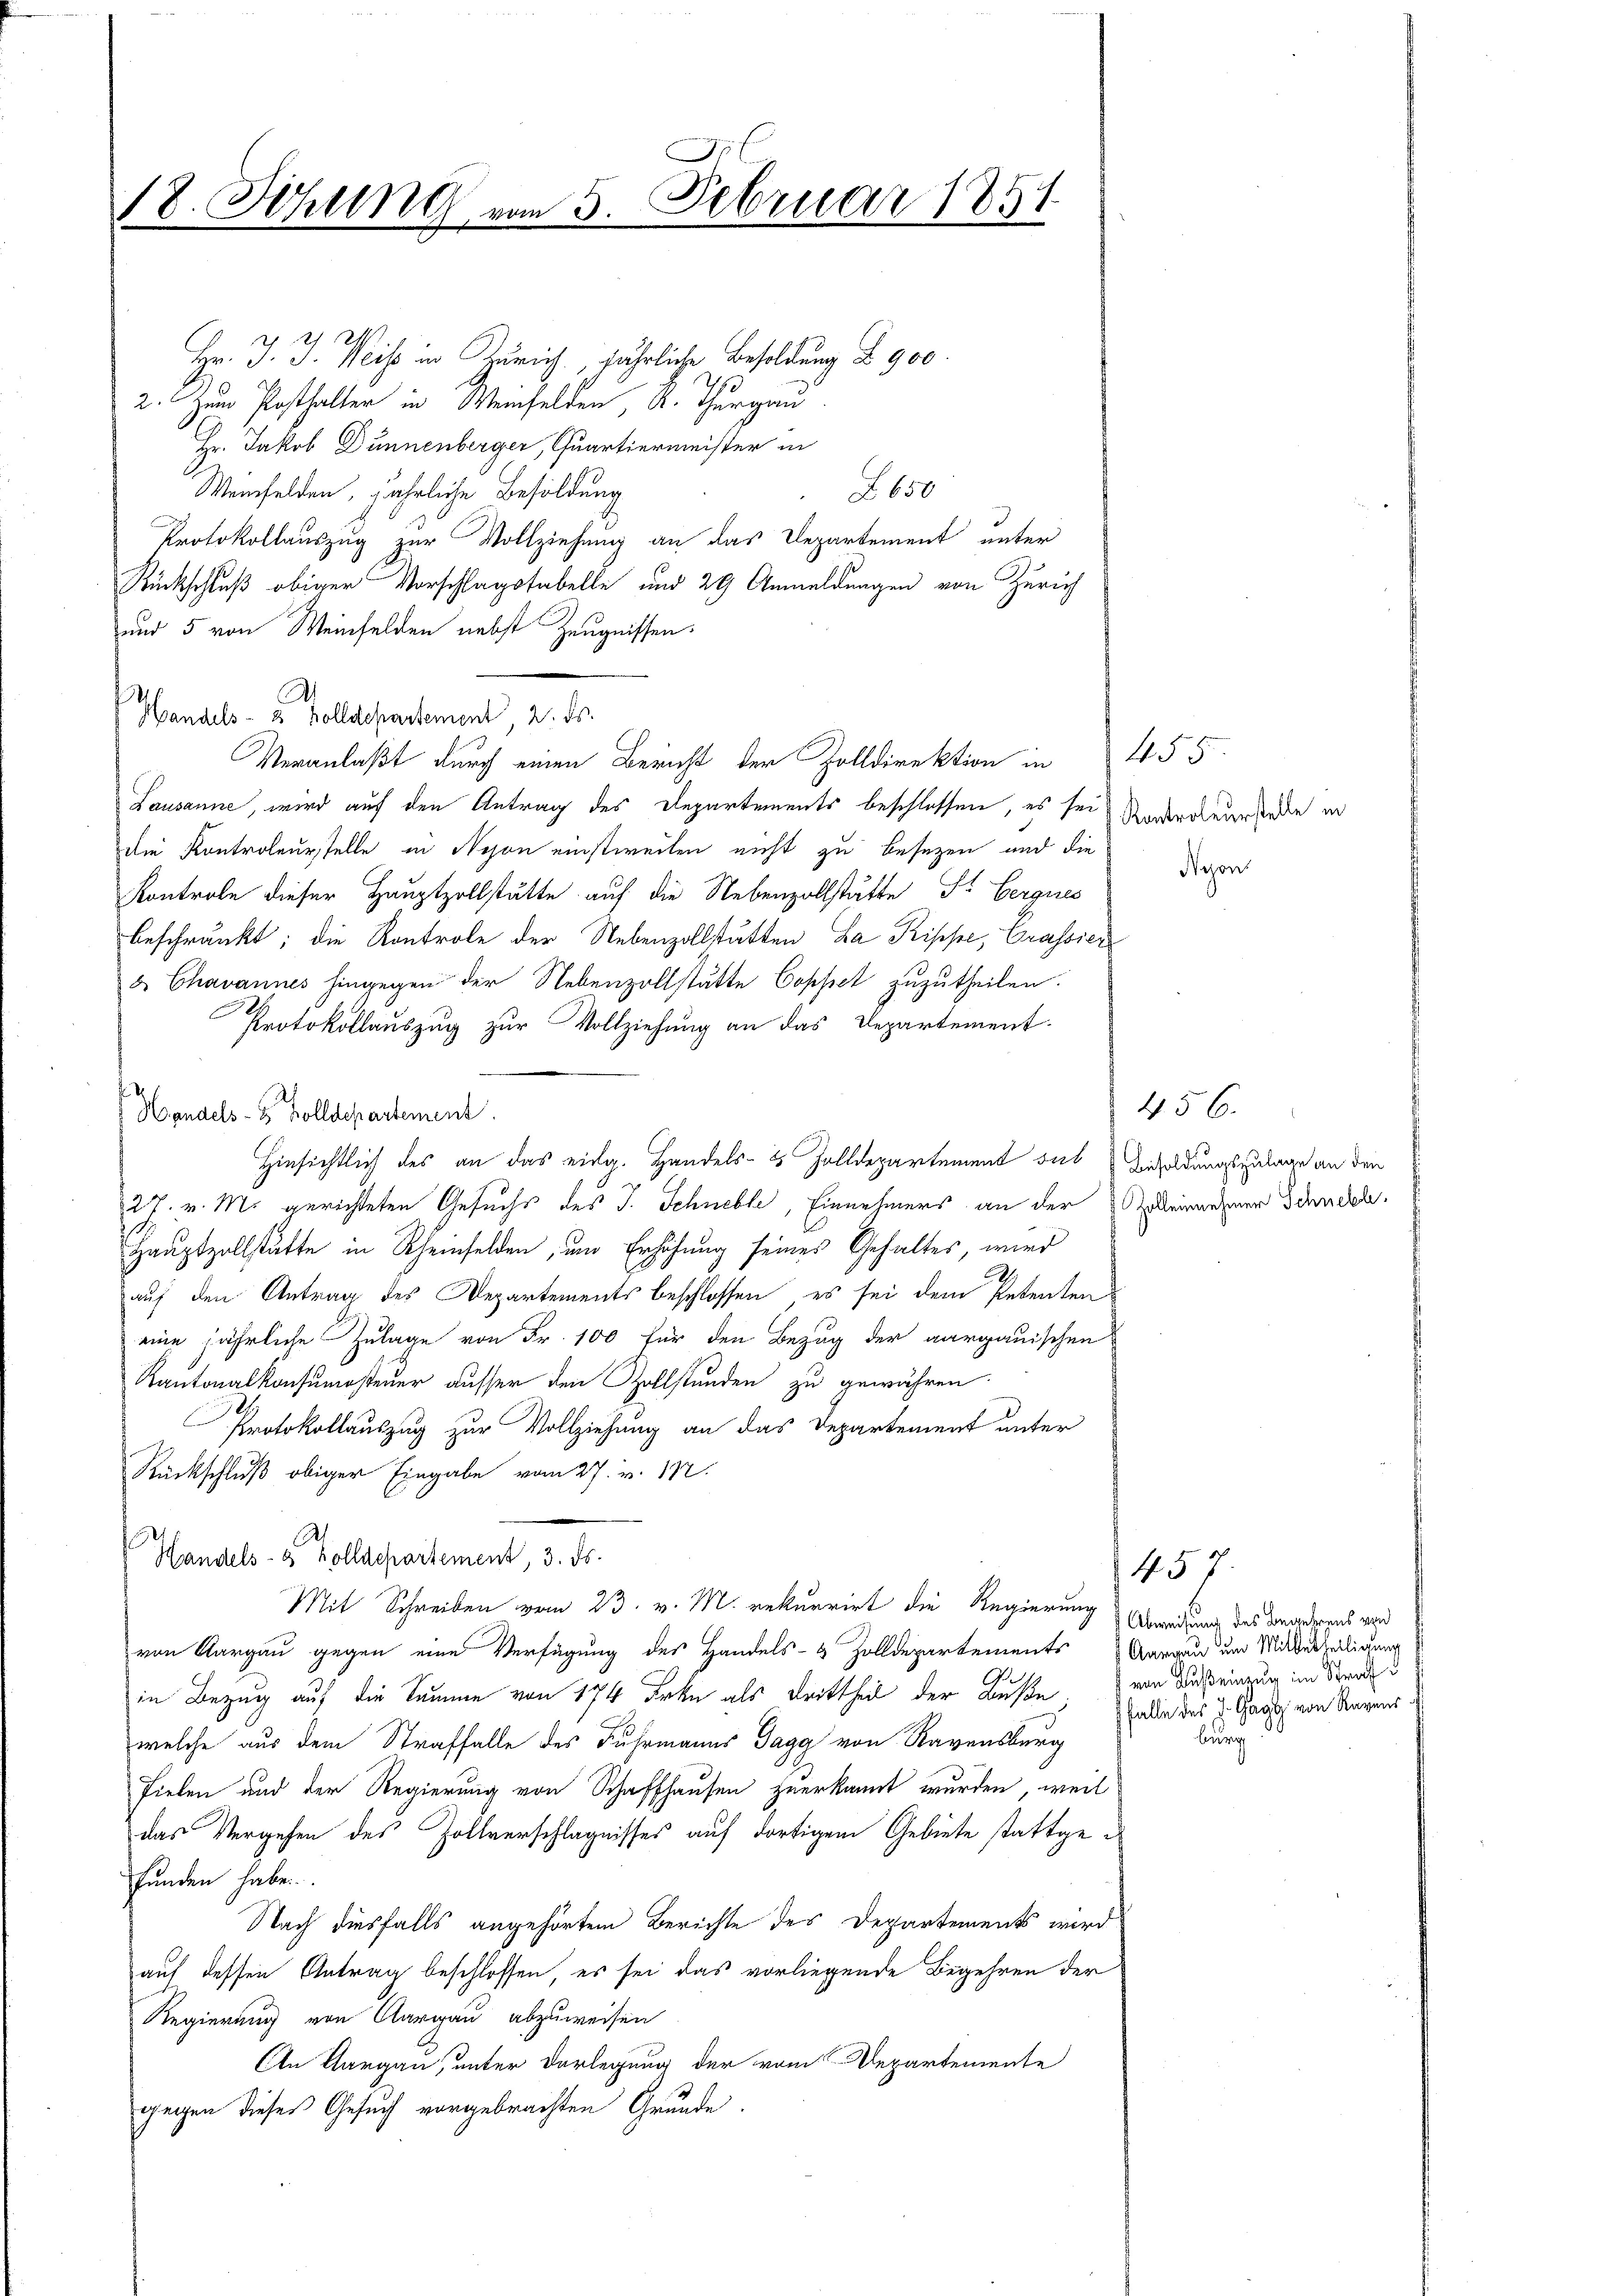
18. Sitzung von 5. Februar 1851

221
Hr. J. J. Weiss in Zürich, jährliche Besoldung § 900.
2. Zum Posthalter in Weinfelden, Kt. Thurgau
Hr. Jakob Dünnenberger, Quartiermeister in
Weinfelden, jährliche Besoldung
A 650.
Protokollauszug zur Vollziehung an das Departement unter
Rückschluß obiger Vorschlagstabelle und 29 Anmeldungen von Zürich
und 5 von Weinfelden nebst Zeugnissen.
Handels- u Zolldepartement, 2. ds.
Veranlaßt durch einen Bericht der Zolldirektion in 455.
Lausanne, wird auf den Antrag des Departements beschlossen, es sei
die Kontroleurstelle in Nyon einstweilen nicht zu besezen und die
Kontrole dieser Hauptzollstätte auf die Nebenzollstätte Sr Eergnes
beschränkt; die Kontrole der Nebenzollstätten La Rippe, Grassier
&. Chavannes hingegen der Nebenzollstätte Cophet zuzutheilen.
Protokollauszug zur Vollziehung an das Departement.
Handels- & Zolldepartement
Hinsichtlich des an das eidg. Handels- & Zolldepartement sul Besoldungszulage an den
27. v. M. gerichteten Gesuchs des J. Schneble, Einnehmers an der Zelleinnehmer Schnende
Hauptzollstätte in Rheinfelden, um Erhöhung seines Gehaltes, wird
auf den Antrag des Departements beschlossen, es sei dem Petenten
eine jährliche Zulage von Fr. 100 für den Bezug der aargauischen
Kantonalkonsumsteuer ausser den Zollständen zu gewähren.
Protokollauszug zur Vollziehung an das Departement unter
Rückschluß obiger Eingabe vom 27. v. 182.
Handels- & Zolldepartement, 3. ds.
Mit Schreiben vom 23. v. M. rekurrirt die Regierung
von Aargau gegen eine Verfügung des Handels- & Zolldepartements Aargau um Mitverhelligung
in Bezug auf die Samme von 174 Frkn als Drittheil der Buße von Auseinzug im Straf
welche aus dem Straffalle des Fuhrmanns Jagg von Ravensburg
fielen und der Regierung von Schaffhausen zuerkannt wurden, weil
das Vergehen des Zollverschlägnisses auf dortigem Gebiete stattge
funden habe.
Nach diesfalls angehörtem Berichte des Departements wird
auf dessen Antrag beschlossen, es sei das vorliegende Begehren der
Regierung von Aargau abzuweisen
An Aargau, unter Darlegung der vom Departemente
gegen dieses Gesuch vorgebrachten Grunde.

Kontroleurstelle in

456.

457.
Abweisung des Begehrens von
falle des J. Gage von Regens
burg

Nezon